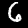
Label: 6